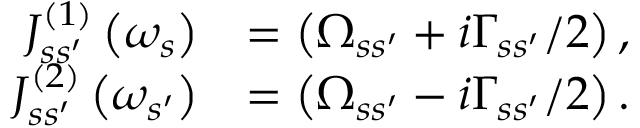
\begin{array} { r l } { J _ { s s ^ { \prime } } ^ { \left( 1 \right) } \left( \omega _ { s } \right) } & { = \left( \Omega _ { s s ^ { \prime } } + i \Gamma _ { s s ^ { \prime } } / 2 \right) , } \\ { J _ { s s ^ { \prime } } ^ { \left( 2 \right) } \left( \omega _ { s ^ { \prime } } \right) } & { = \left( \Omega _ { s s ^ { \prime } } - i \Gamma _ { s s ^ { \prime } } / 2 \right) . } \end{array}